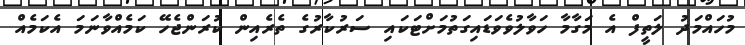
މުހައްމަދު ލަތީފް އެ މަގާމާ ހަވާލުވެވަޑައިގަތުމަށްޓަކައި ސަރުކާރުގެ ތެރެއިން ކުރަންޖެހޭ ކަމެއްވާނަމަ އެކަމެއް